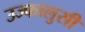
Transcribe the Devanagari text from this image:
उज्फालुसी